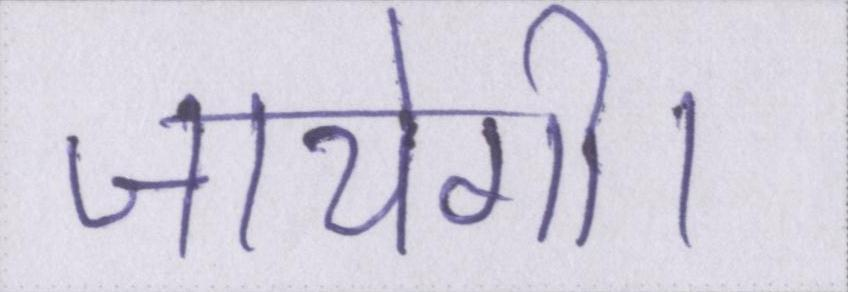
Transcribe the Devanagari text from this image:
जायेगी।